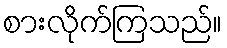
စားလိုက်ကြသည်။